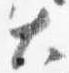
大